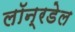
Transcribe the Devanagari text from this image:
लॉन्रडेल